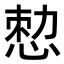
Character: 𢛱